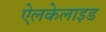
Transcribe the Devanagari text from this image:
ऐलकेलाइड